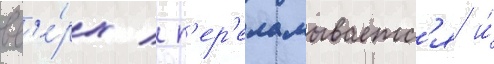
вв'е́рх / п'ер'еламываетс'я и́